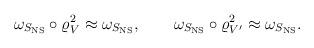
LaTeX: \begin{align*}\omega_{S_{\rm NS}} \circ \varrho_V^2\approx \omega_{S_{\rm NS}}, \qquad\omega_{S_{\rm NS}} \circ \varrho_{V'}^2\approx \omega_{S_{\rm NS}}.\end{align*}